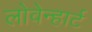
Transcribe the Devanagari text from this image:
लोवेन्हार्ट